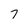
Character: 7